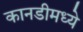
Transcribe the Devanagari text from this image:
कानडीमध्ये